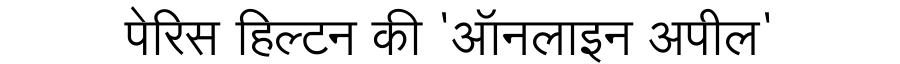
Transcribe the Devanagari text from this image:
पेरिस हिल्टन की 'ऑनलाइन अपील'